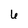
Character: 6